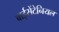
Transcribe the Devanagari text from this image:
बाईसेंटेनियल